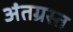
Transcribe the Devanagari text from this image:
अंतग्रस्त